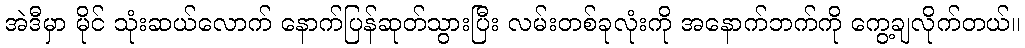
အဲဒီမှာ မိုင် သုံးဆယ်လောက် နောက်ပြန်ဆုတ်သွားပြီး လမ်းတစ်ခုလုံးကို အနောက်ဘက်ကို ကွေ့ချလိုက်တယ်။